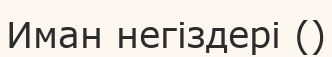
Иман негіздері ()